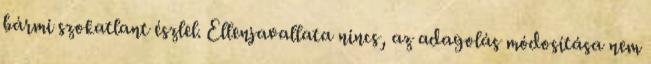
bármi szokatlant ész­lel. Ellenjavallata nincs, az adagolás módosítása nem